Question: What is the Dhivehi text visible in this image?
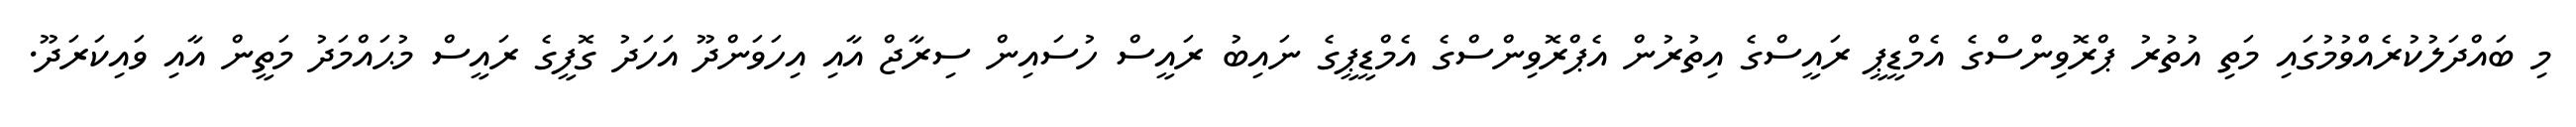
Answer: މި ބައްދަލުކުރެއްވުމުގައި މަތި އުތުރު ޕްރޮވިންސްގެ އެމްޑީޕީ ރައީސްގެ އިތުރުން އެޕްރޮވިންސްގެ އެމްޑީޕީގެ ނައިބު ރައީސް ހުސައިން ސިރާޖް އާއި އިހަވަންދޫ އަހަދު ގޮފީގެ ރައީސް މުޙައްމަދު މަތީން އާއި ވައިކަރަދޫ.